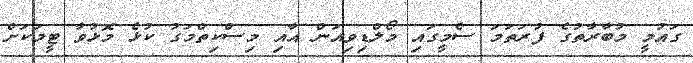
ގައުމީ މުބާރާތުގެ ފުރަތަމަ ސެމީގައި މޯލްޑިވިއަން އާއި މިސްކިތްމަގު ކުޅެ މޮޅުވާ ޓީމަކަށް